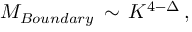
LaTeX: { \cal M } _ { B o u n d a r y } \, \sim \, K ^ { 4 - \Delta } \, ,